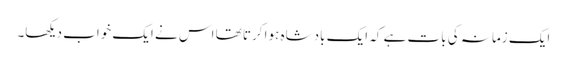
ایک زمانہ کی بات ہے کہ ایک بادشاہ ہوا کرتا تھا اس نے ایک خواب دیکھا۔